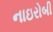
નાઇરોબી